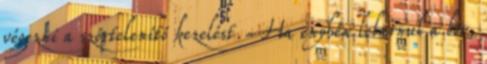
végezni a szőrtelenítő kezelést. Ha enyhén lebarnul a bőr,